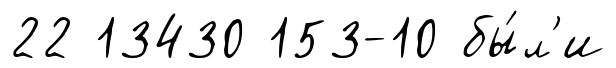
22 13430 153-10 бы́л'и